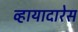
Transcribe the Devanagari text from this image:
व्हायादारेस